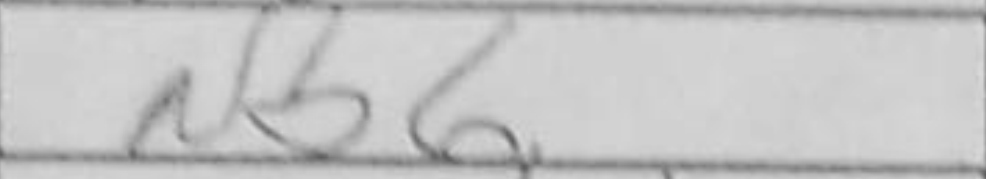
Transcription: Nb6